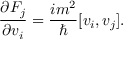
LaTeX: \frac { \partial F _ { j } } { \partial v _ { i } } = \frac { i m ^ { 2 } } { \hbar } [ v _ { i } , v _ { j } ] .